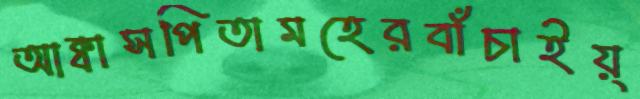
আক্বাসপিতামহেরবাঁচাইয়্